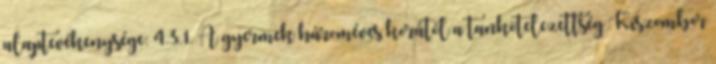
alaptevékenysége: 4.3.1. A gyermek hároméves korától a tankötelezettség Kiszombor